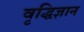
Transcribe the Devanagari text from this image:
वृद्धिज्ञान